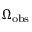
\Omega _ { \mathrm { o b s } }